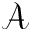
\mathcal { A }